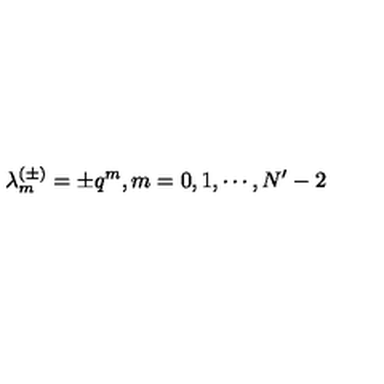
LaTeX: \lambda _ { m } ^ { ( \pm ) } = \pm q ^ { m } , m = 0 , 1 , \cdots , N ^ { \prime } - 2